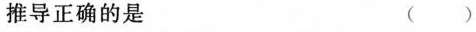
推导正确的是 ( )